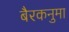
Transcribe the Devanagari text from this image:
बैरकनुमा